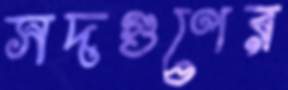
সদগুণের